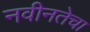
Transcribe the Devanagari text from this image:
नवीनतेचा